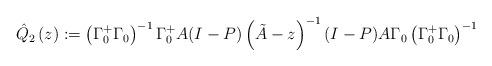
LaTeX: \begin{align*}\hat{Q}_{2}\left( z \right):=\left( \Gamma_{0}^{+}\Gamma_{0} \right)^{-1}\Gamma_{0}^{+}A(I-P)\left( \tilde{A}-z \right)^{-1}(I-P)A\Gamma _{0}\left( \Gamma_{0}^{+}\Gamma_{0} \right)^{-1}\end{align*}